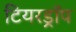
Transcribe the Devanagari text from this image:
टियरड्रॉप